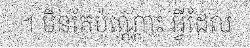
។ មិនតែប៉ុណ្ណោះ អ្វីដែល